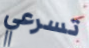
تسرعي